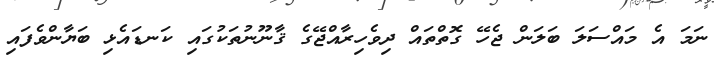
ނަމަ އެ މައްސަލަ ބަލަން ޖެހޭ ގޮތްތައް ދިވެހިރާއްޖޭގެ ޤާނޫނުތަކުގައި ކަނޑައެޅި ބަޔާންވެފައި